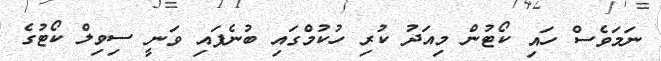
ނަމަވެސް ހައި ކޯޓުން މިއަދު ކުރި ހުކުމްގައި ބުނެފައި ވަނީ ސިވިލް ކޯޓުގެ